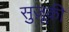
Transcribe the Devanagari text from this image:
सुज़ूकी